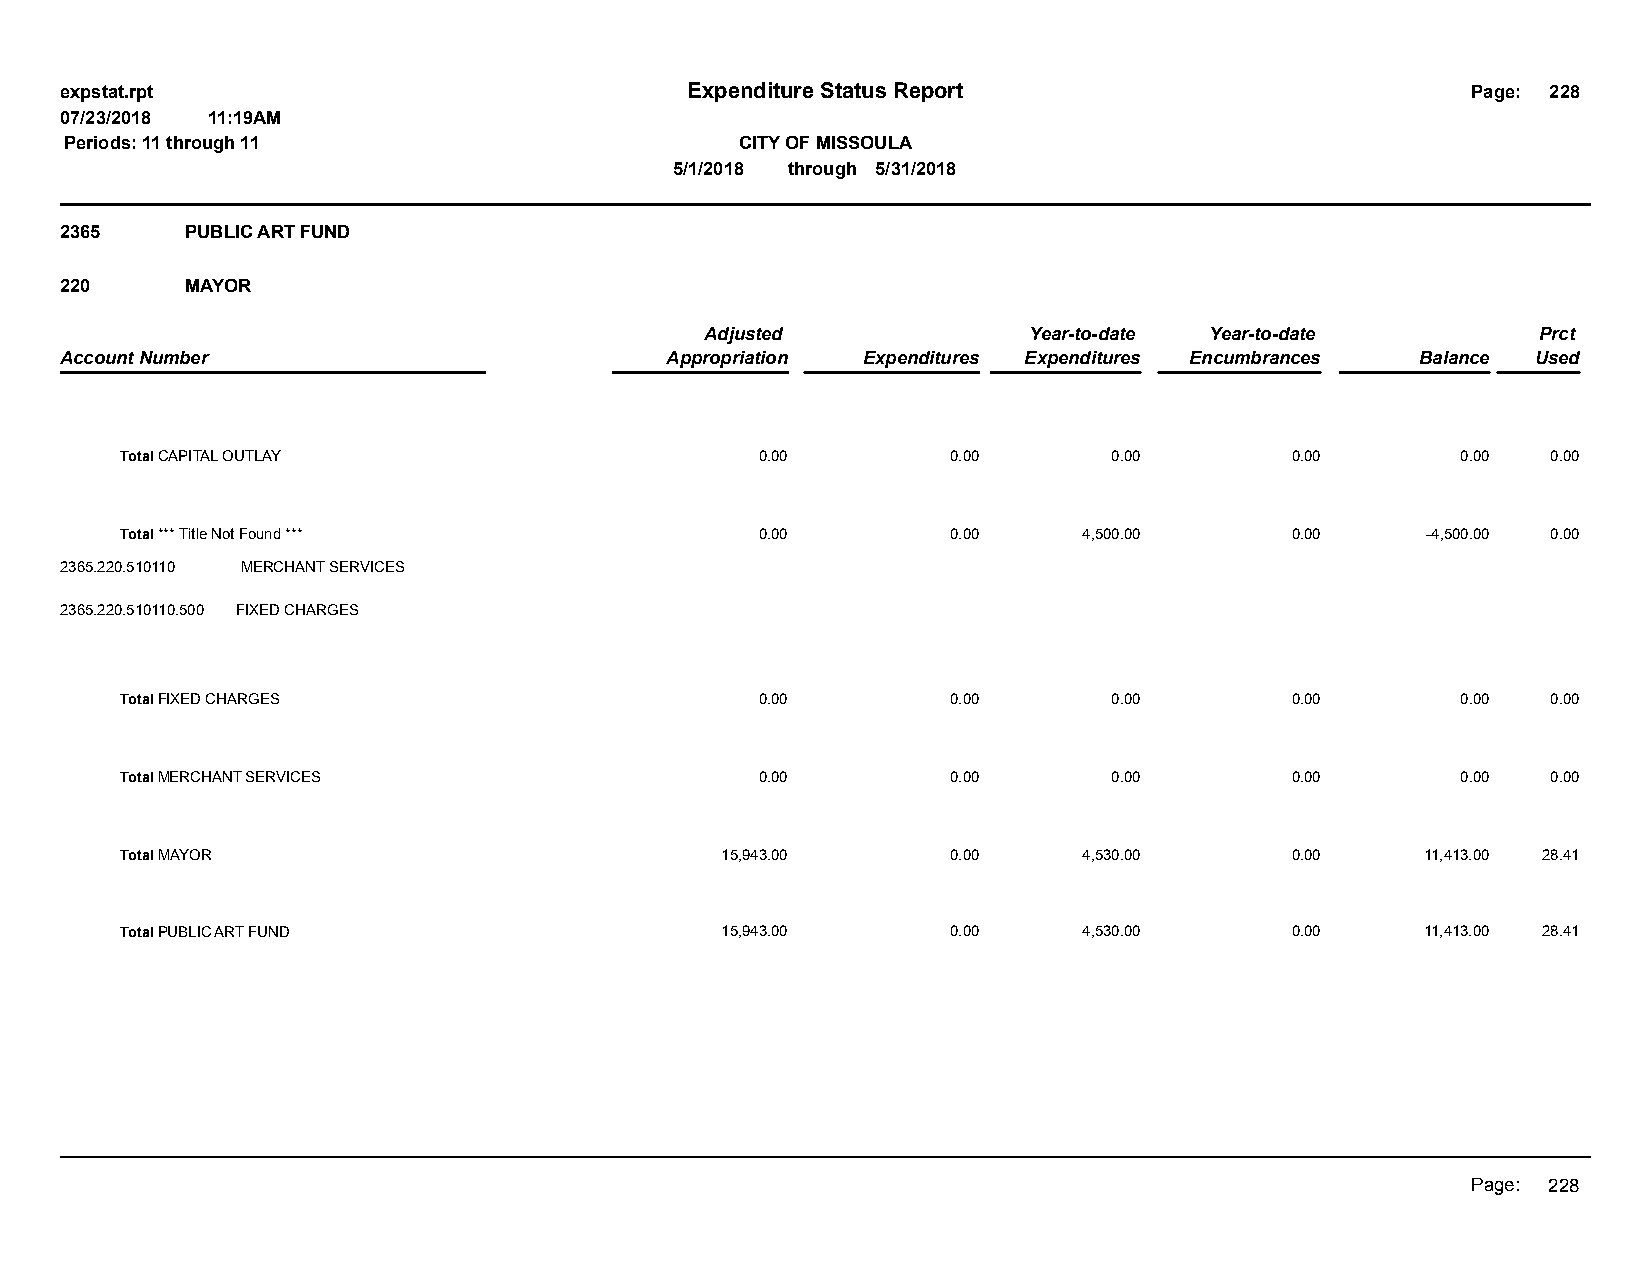
expstat.rpt                              Expenditure Status Report                           Page: 228
 07/23/2018 11:19AM
 Periods: 11 through 11                       CITY OF MISSOULA
 5/1/2018 through 5/31/2018
 2365    PUBLIC ART FUND
 220     MAYOR
 Adjusted             Year-to-date Year-to-date         Prct
 Account Number                          Appropriation Expenditures Expenditures Encumbrances Balance Used
 Total CAPITAL OUTLAY                      0.00         0.00       0.00       0.00        0.00  0.00
 Total *** Title Not Found ***             0.00         0.00     4,500.00     0.00     -4,500.00 0.00
 2365.220.510110 MERCHANT SERVICES
 2365.220.510110.500 FIXED CHARGES
 Total FIXED CHARGES                       0.00         0.00       0.00       0.00        0.00  0.00
 Total MERCHANT SERVICES                   0.00         0.00       0.00       0.00        0.00  0.00
 Total MAYOR                             15,943.00      0.00     4,530.00     0.00     11,413.00 28.41
 Total PUBLIC ART FUND                   15,943.00      0.00     4,530.00     0.00     11,413.00 28.41
 Page: 228